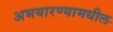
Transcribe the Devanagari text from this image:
अभयारण्यामधील